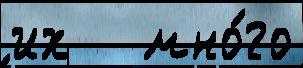
их   мно́го